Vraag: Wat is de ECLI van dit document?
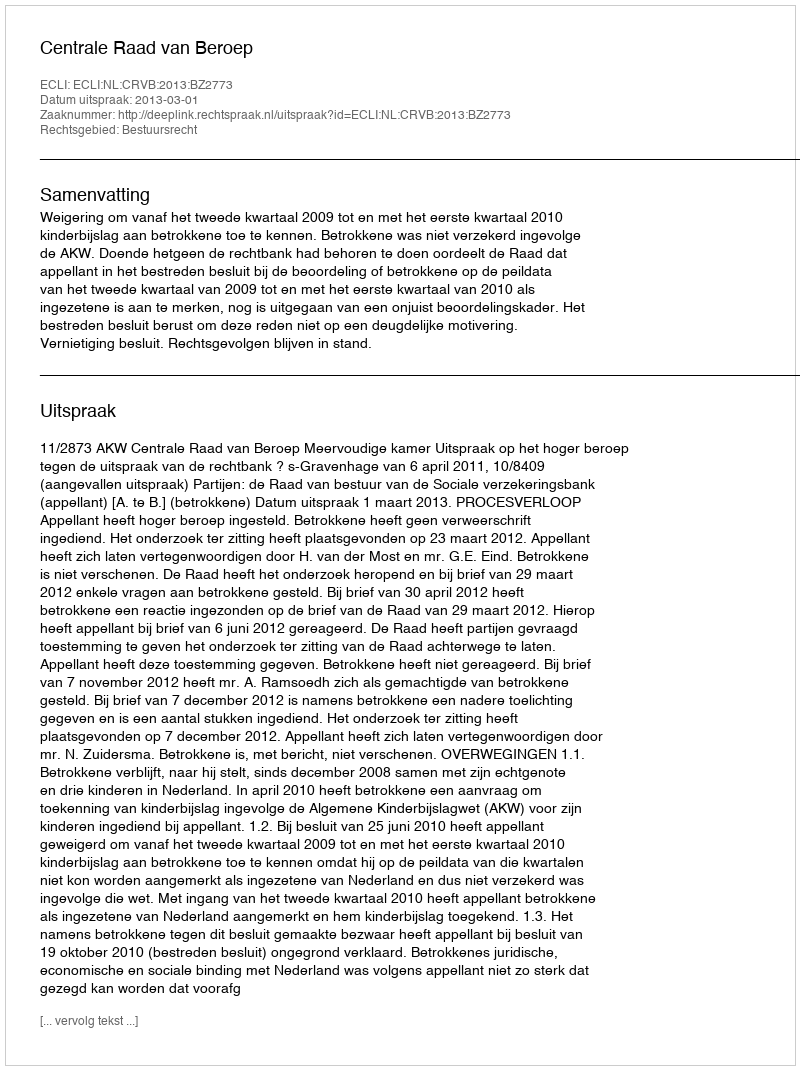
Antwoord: ECLI:NL:CRVB:2013:BZ2773